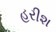
હરીશ